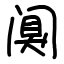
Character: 阒